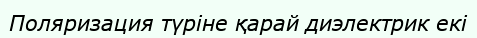
Поляризация түріне қарай диэлектрик екі